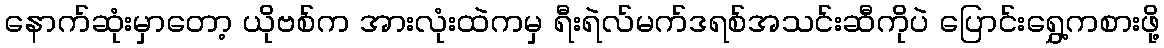
နောက်ဆုံးမှာတော့ ယိုဗစ်က အားလုံးထဲကမှ ရီးရဲလ်မက်ဒရစ်အသင်းဆီကိုပဲ ပြောင်းရွှေ့ကစားဖို့